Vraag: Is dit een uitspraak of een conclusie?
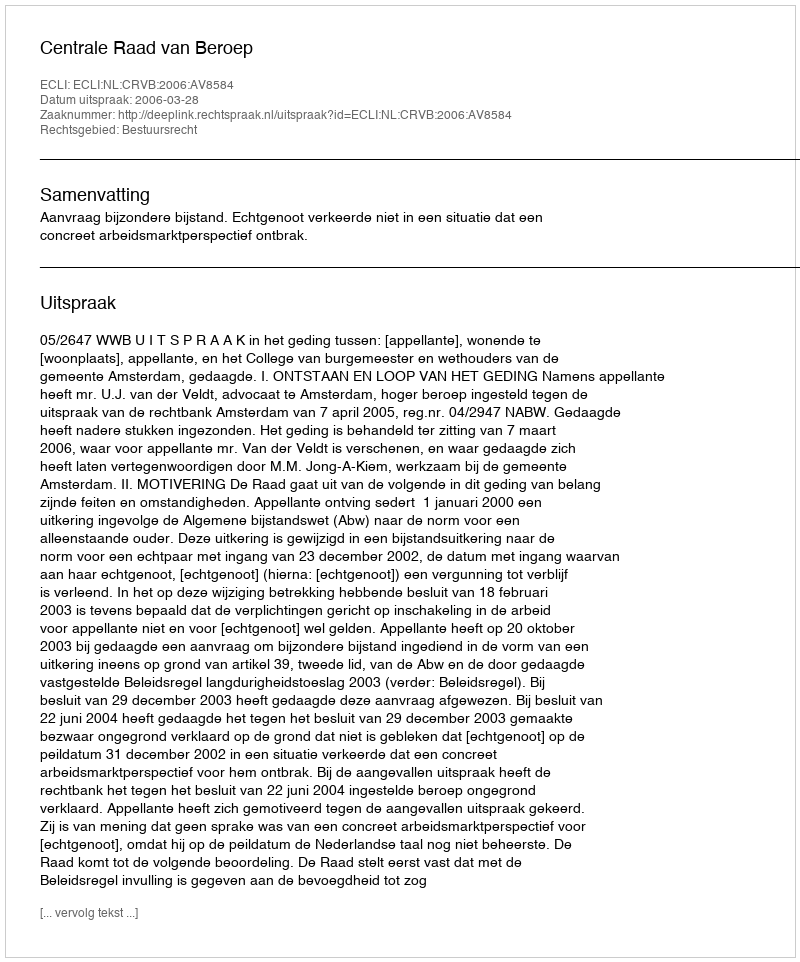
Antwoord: Uitspraak